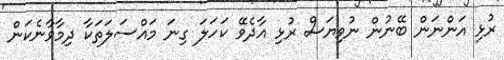
ރުޅި އަންނަން ބޭނުން ނުވިޔަސް ރުޅި އާދެވޭ ކަހަލަ ގިނަ މައްސަލަތަކާ ދިމާވާނެކަން